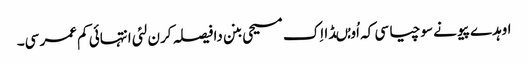
اوہدے پیو نے سوچیا سی کہ اُو مُںڈا اِک مسیحی بنن دا فیصلہ کرن لئی انتہائی کم عمر سی۔